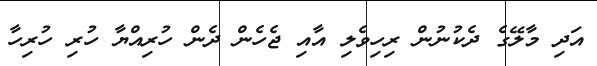
އަދި މާލޭގެ ދެކުނުން ރިހިވެލި އާއި ޖެހެން ދެން ހުރިއްޔާ ހުރި ހުރިހާ